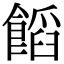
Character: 饀